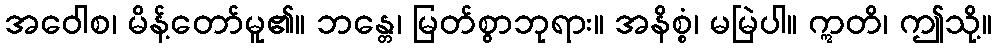
အဝေါစ၊ မိန့်တော်မူ၏။ ဘန္တေ၊ မြတ်စွာဘုရား။ အနိစ္စံ၊ မမြဲပါ။ ဣတိ၊ ဤသို့။